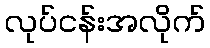
လုပ်ငန်းအလိုက်